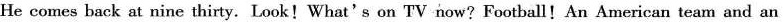
He comes back at nine thirty.Look!What's on TV now? Football! An American team and an